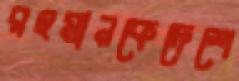
রহমানকেদেশে